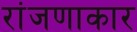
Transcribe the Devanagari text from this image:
रांजणाकार